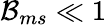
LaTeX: \mathcal{B}_{ms}\ll 1